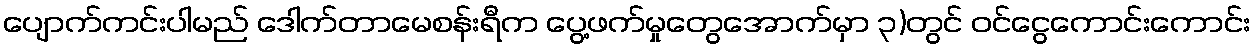
ပျောက်ကင်းပါမည် ဒေါက်တာမေစန်းရီက ပွေ့ဖက်မှုတွေအောက်မှာ ၃)တွင် ဝင်ငွေကောင်းကောင်း